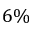
6 \%